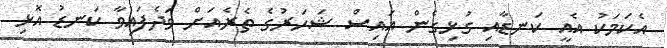
އެކަމަކު އެއީ ކަނޑާއި ގުޅިގެން އައިސް ޝަހަރުގެ ތެރެއަށް ވަދެފައިވާ ކަނޑު އޮޅި